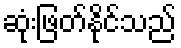
ဆုံးဖြတ်နိုင်သည်